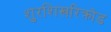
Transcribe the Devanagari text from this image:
शुरशिखरिक्रोड